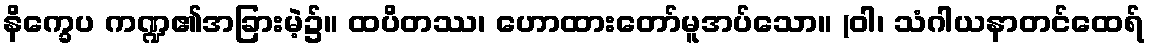
နိက္ခေပ ကဏ္ဍ၏အခြားမဲ့၌။ ထပိတဿ၊ ဟောထားတော်မူအပ်သော။ (ဝါ၊ သံဂါယနာတင်ထေရ်